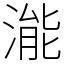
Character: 㴰